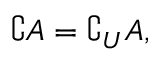
\complement A = \complement _ { U } A ,